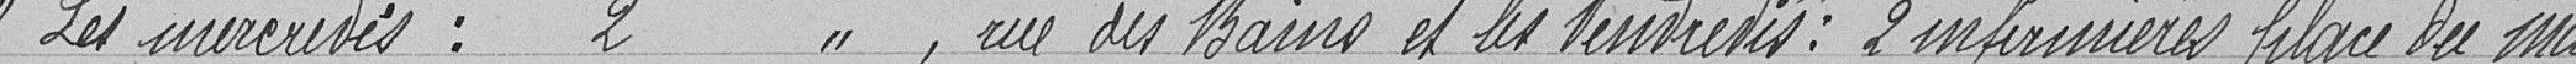
"Les mercredis : 2", rue des Bains et les vendredis : 2 infirmières place du m